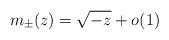
LaTeX: \begin{align*}m_{\pm}(z) = \sqrt{-z} + o(1)\end{align*}